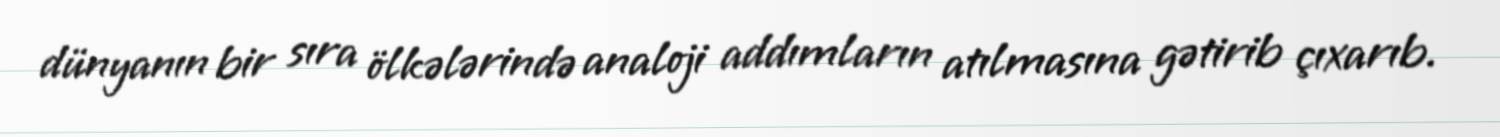
dünyanın bir sıra ölkələrində analoji addımların atılmasına gətirib çıxarıb.